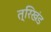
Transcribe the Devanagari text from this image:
त्रिखंड